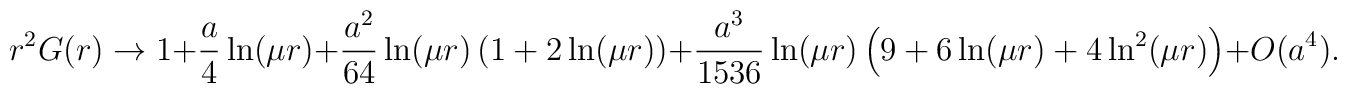
r^2G(r)\rightarrow 1+\frac a4\ln (\mu r)+\frac{a^2}{64}\ln (\mu r)\left(1+2\ln (\mu r)\right) +\frac{a^3}{1536}\ln (\mu r)\left( 9+6\ln (\mu r)+4\ln^2(\mu r)\right) +O(a^4).